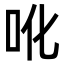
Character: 吪